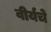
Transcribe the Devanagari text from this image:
वीर्यचे